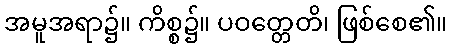
အမူအရာ၌။ ကိစ္စ၌။ ပဝတ္တေတိ၊ ဖြစ်စေ၏။